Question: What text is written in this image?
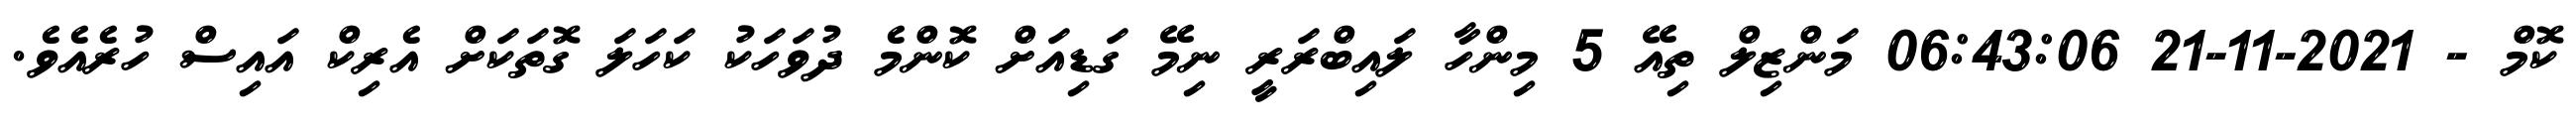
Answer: ކޮމް - 2021-11-21 06:43:06 މަންޒިލް ތިއޭ 5 މިންހާ ލައިބްރަރީ ނިމޭ ގަޑިއަށް ކޮންމެ ދުވަހަކު ކަހަލަ ގޮތަކަށް އެރިކް އައިސް ހުރެއެވެ.